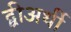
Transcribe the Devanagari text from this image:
द्वीअर्थी